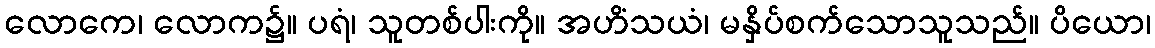
လောကေ၊ လောက၌။ ပရံ၊ သူတစ်ပါးကို။ အဟိံသယံ၊ မနှိပ်စက်သောသူသည်။ ပိယော၊